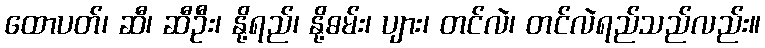
ထောပတ်၊ ဆီ၊ ဆီဦး၊ နို့ရည်၊ နို့ဓမ်း၊ ပျား၊ တင်လဲ၊ တင်လဲရည်သည်လည်း။